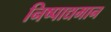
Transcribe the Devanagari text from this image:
निष्पाद्यमान